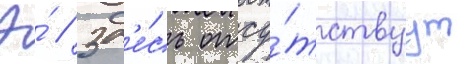
Э́ // Зд'е́сь отсу́тствуут